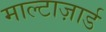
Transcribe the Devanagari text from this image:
माल्टाज़ार्ड